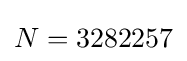
N=3282257